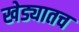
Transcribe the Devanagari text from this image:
खेड्यातच